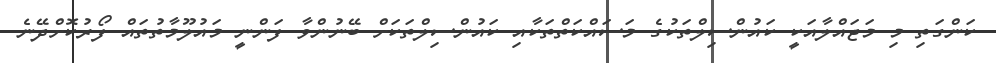
ކަންގަތި މި މަޖައްލާއަކީ ކައުންސިލްތަކުގެ މަސައްކަތްތަކާއި ކައުންސިލްތަކަށް ބޭނުންވާ ފަންނީ މައުލޫމާތުތައް ފޯރުކޮށްދޭނެ